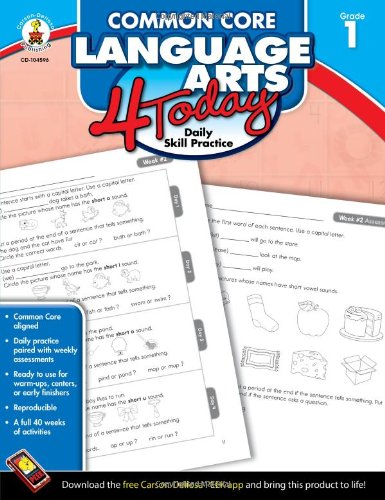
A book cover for Common Core Language Arts 4 Today, Grade 1: Daily Skill Practice (Common Core 4 Today); Jeanette  Moore Ritch; Education & Teaching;